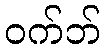
ဝက်ဘ်